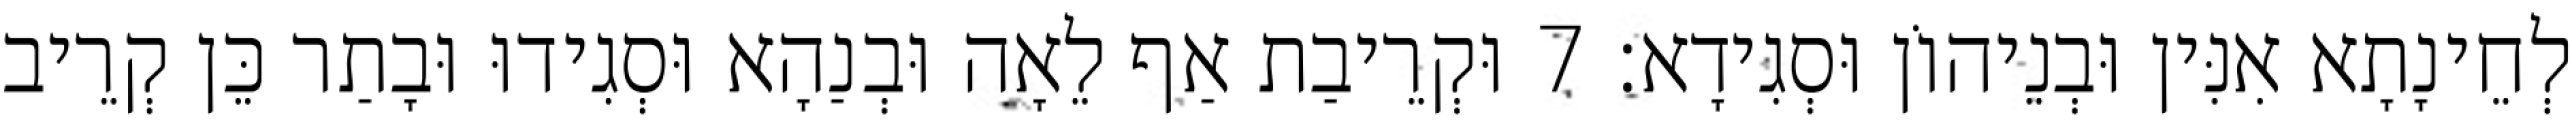
לְחֵינָתָא אִנִּין וּבְנֵיהוֹן וּסְגִידָא׃ 7 וּקְרֵיבַת אַף לֵאָה וּבְנַהָא וּסְגִידוּ וּבָתַר כֵּן קְרֵיב